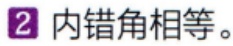
2 内错角相等。